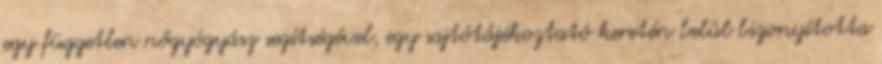
egy független nőgyógyász segítségével, egy sajtótájékoztató keretén belül bizonyította